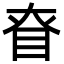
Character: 眘